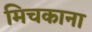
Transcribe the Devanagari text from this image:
मिचकाना